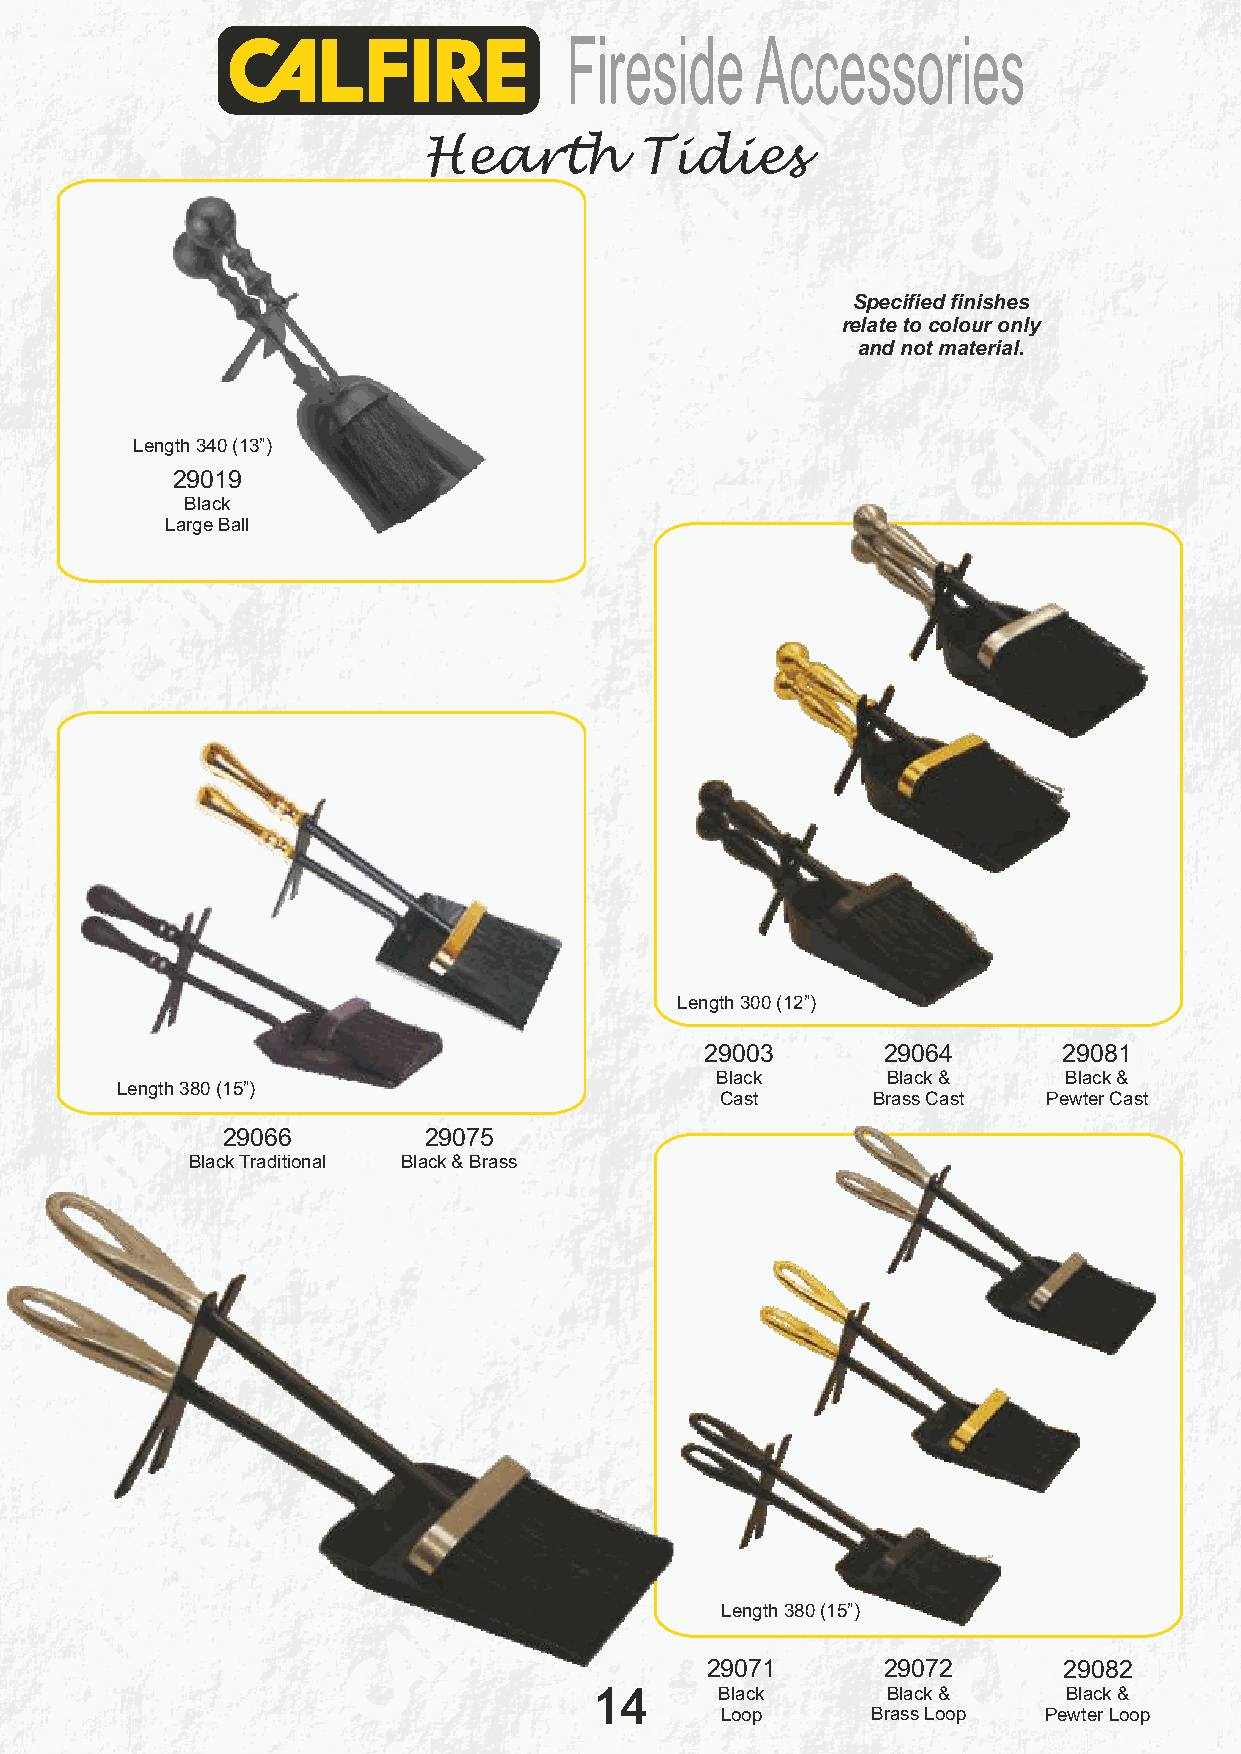
Fireside     Accessories
 Hearth        Tidies
 Specified finishes
 relate to colour only
 and not material.
 Length 340 (13”)
 29019
 Black
 Large Ball
 Length 300 (12”)
 29003      29064       29081
 Black       Black &    Black &
 Length 380 (15”)
 Cast      Brass Cast Pewter Cast
 29066        29075
 Black Traditional Black & Brass
 Length 380 (15”)
 29071      29072       29082
 14       Black      Black &     Black &
 Loop      Brass Loop Pewter Loop